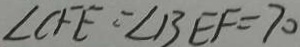
\angle C F E = \angle B E F = 7 0